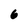
Character: 6